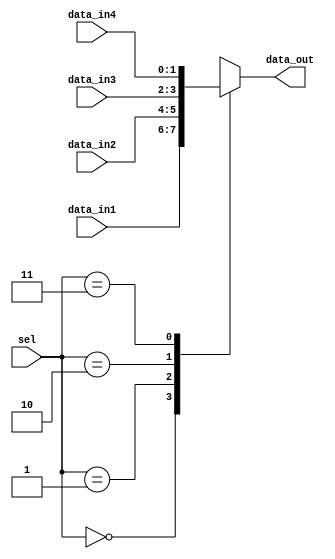
`timescale 1ns / 1ps
//////////////////////////////////////////////////////////////////////////////////
// Company: 
// Engineer: 
// 
// Design Name: 
// Module Name: mux4_1
// Project Name: 
// Target Devices: 
// Tool Versions: 
// Description: 
// 
// Dependencies: 
// 
// Revision:
// Revision 0.01 - File Created
// Additional Comments:
// 
//////////////////////////////////////////////////////////////////////////////////


module mux4_1
   #(parameter
     DATA_WIDTH = 2
    )
    (
     input      [1             :0] sel,
     input      [(DATA_WIDTH-1):0] data_in1,data_in2,data_in3,data_in4,
     output reg [(DATA_WIDTH-1):0] data_out
    );
    
    always @ (*) begin
        case (sel)
            0 : begin
                data_out = data_in1;
            end
            1 : begin
                data_out = data_in2;
            end
            2 : begin
                data_out = data_in3;
            end
            3 : begin
                data_out = data_in4;
            end
        endcase
    end /*always*/
    
endmodule